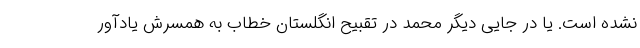
نشده است. یا در جایی دیگر محمد در تقبیح انگلستان خطاب به همسرش یادآور